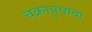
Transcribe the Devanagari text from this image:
चक्रायुधाचा